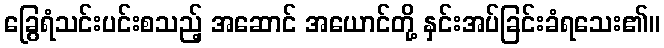
ခြွေရံသင်းပင်းစသည့် အဆောင် အယောင်တို့ နှင်းအပ်ခြင်းခံရသေး၏။